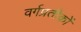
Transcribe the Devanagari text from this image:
वर्गप्रतीकों